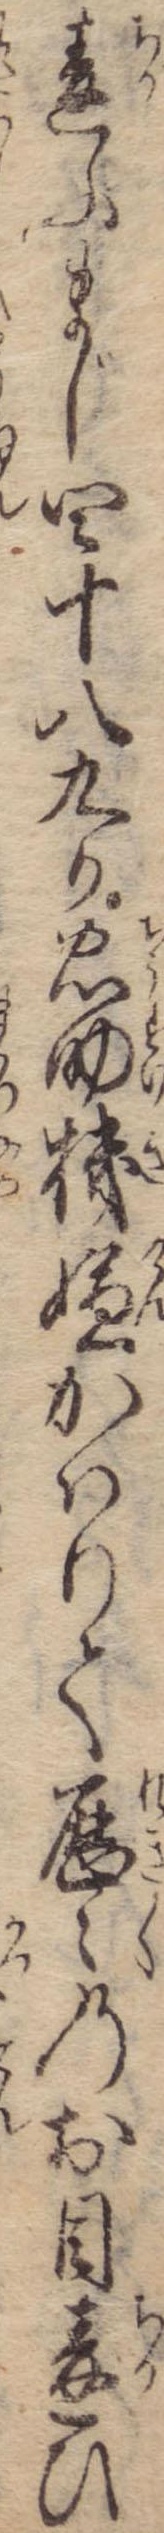
違ふまじ四十八九か忠助機嫌かはりて歴々のお目違ひ